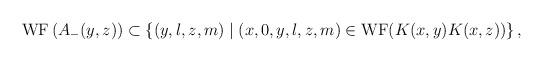
LaTeX: \begin{align*}{\rm WF}\, (A_-(y,z))\subset \{ (y,l,z,m)\mid (x,0,y,l,z,m)\in{\rm WF}(K(x,y)K(x,z))\} \, ,\end{align*}